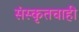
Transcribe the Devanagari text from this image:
संस्कृतचाही